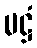
မဋ္ဌံ